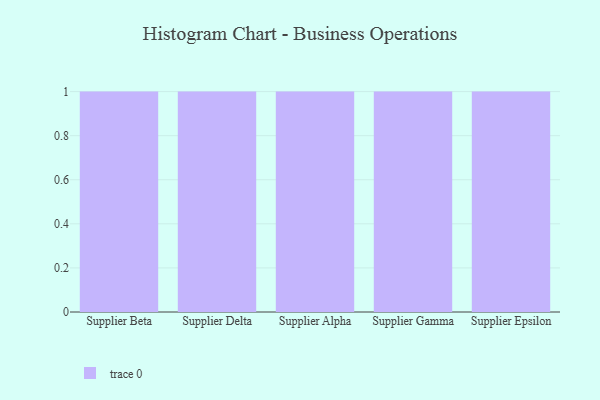
{"axis": {"x": "Supplier", "y": "Population (Million)"}, "legend": [""], "data": [{"x": "Supplier Beta", "y": 14, "type": ""}, {"x": "Supplier Delta", "y": 19, "type": ""}, {"x": "Supplier Alpha", "y": 23, "type": ""}, {"x": "Supplier Gamma", "y": 22, "type": ""}, {"x": "Supplier Epsilon", "y": 36, "type": ""}]}